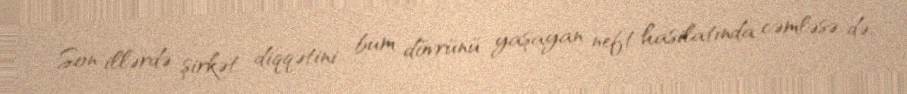
Son illərdə şirkət diqqətini bum dövrünü yaşayan neft hasilatında cəmləsə də,